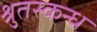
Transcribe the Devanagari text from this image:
श्रुतस्कन्ध